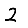
Digit: 2